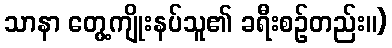
သာနာ တွေ့ကျိုးနပ်သူ၏ ခရီးစဉ်တည်း။)